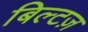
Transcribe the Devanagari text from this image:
बिल्टज़